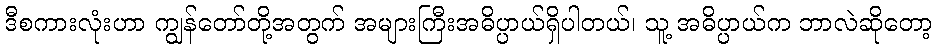
ဒီစကားလုံးဟာ ကျွန်တော်တို့အတွက် အများကြီးအဓိပ္ပာယ်ရှိပါတယ်၊ သူ့ အဓိပ္ပာယ်က ဘာလဲဆိုတော့